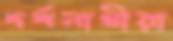
দর্শনাথীরা